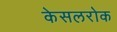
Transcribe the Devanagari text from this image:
केसलरोक